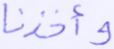
وأخذنا